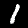
Label: 1